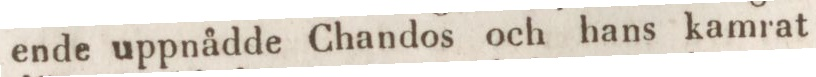
ende uppnådde Chandos och hans kamrat